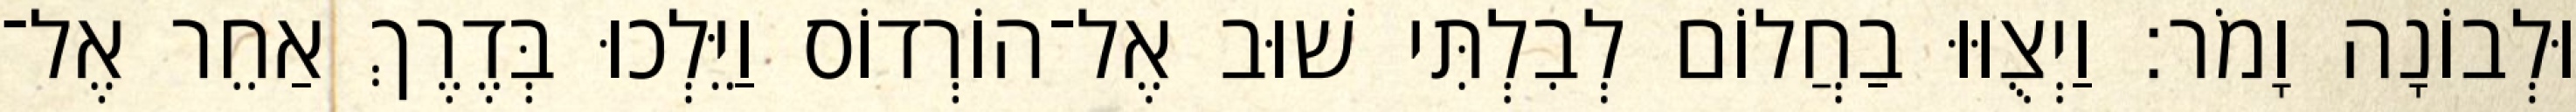
וּלְבוֹנָה וָמֹר׃ וַיְצֻוּוּ בַחֲלוֹם לְבִלְתִּי שׁוּב אֶל־הוֹרְדוֹס וַיֵּלְכוּ בְּדֶרֶךְ אַחֵר אֶל־